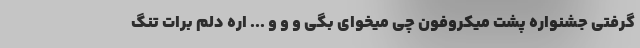
گرفتى جشنواره پشت میکروفون چى میخواى بگى و و و ... اره دلم برات تنگ